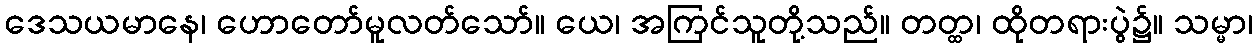
ဒေသယမာနေ၊ ဟောတော်မူလတ်သော်။ ယေ၊ အကြင်သူတို့သည်။ တတ္ထ၊ ထိုတရားပွဲ၌။ သမ္မာ၊